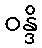
ဝန္ဒိ